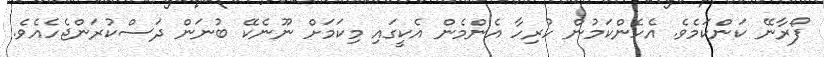
ފޯރާނޭ ކަންކަމެވެ. އެހެންކަމުން ހުރިހާ އެންމެން އެކީގައި މިކަމަށް ނޫނެކޭ ބުނަން ދަސްކުރަންޖެހެއެވެ.